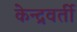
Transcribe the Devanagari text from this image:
केन्द्रवर्ती